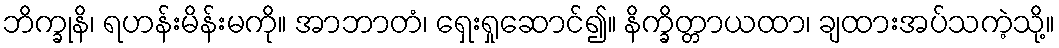
ဘိက္ခုနိ၊ ရဟန်းမိန်းမကို။ အာဘာတံ၊ ရှေးရှုဆောင်၍။ နိက္ခိတ္တာယထာ၊ ချထားအပ်သကဲ့သို့။